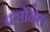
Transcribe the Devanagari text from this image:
पर्सोनेल